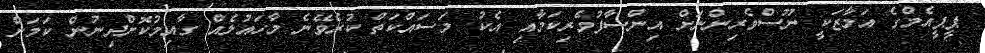
ޕީޕީއެމްގެ އަމާޒަކީ ނޫސްވެރިންނަށް އިންސާފުވެރިކަމާއި އެކު މަަސައްކަތް ކުރެވޭނެ މާހައުލެއް ގާއިމުކޮށްދިނުން ކަމަށް